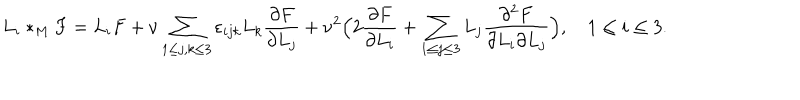
L _ { i } \ast _ { M } ^ { } F = L _ { i } F + \nu \sum _ { 1 \leq j , k \leq 3 } \varepsilon _ { i j k } L _ { k } { \frac { \partial F } { \partial L _ { j } } } + \nu ^ { 2 } \Bigl ( 2 { \frac { \partial F } { \partial L _ { i } } } + \sum _ { 1 \leq j \leq 3 } L _ { j } { \frac { \partial ^ { 2 } F } { \partial L _ { i } \partial L _ { j } } } \Bigr ) , \quad 1 \leq i \leq 3 .